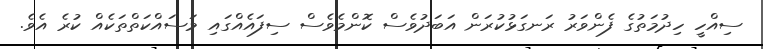
ސިއްހީ ހިދުމަތުގެ ފެންވަރު ރަނގަޅުކުރަން އަބަދުވެސް ކޮންމެވެސް ސިފައެއްގައި މަސައްކަތްތަކެއް ކުރެ އެވެ.